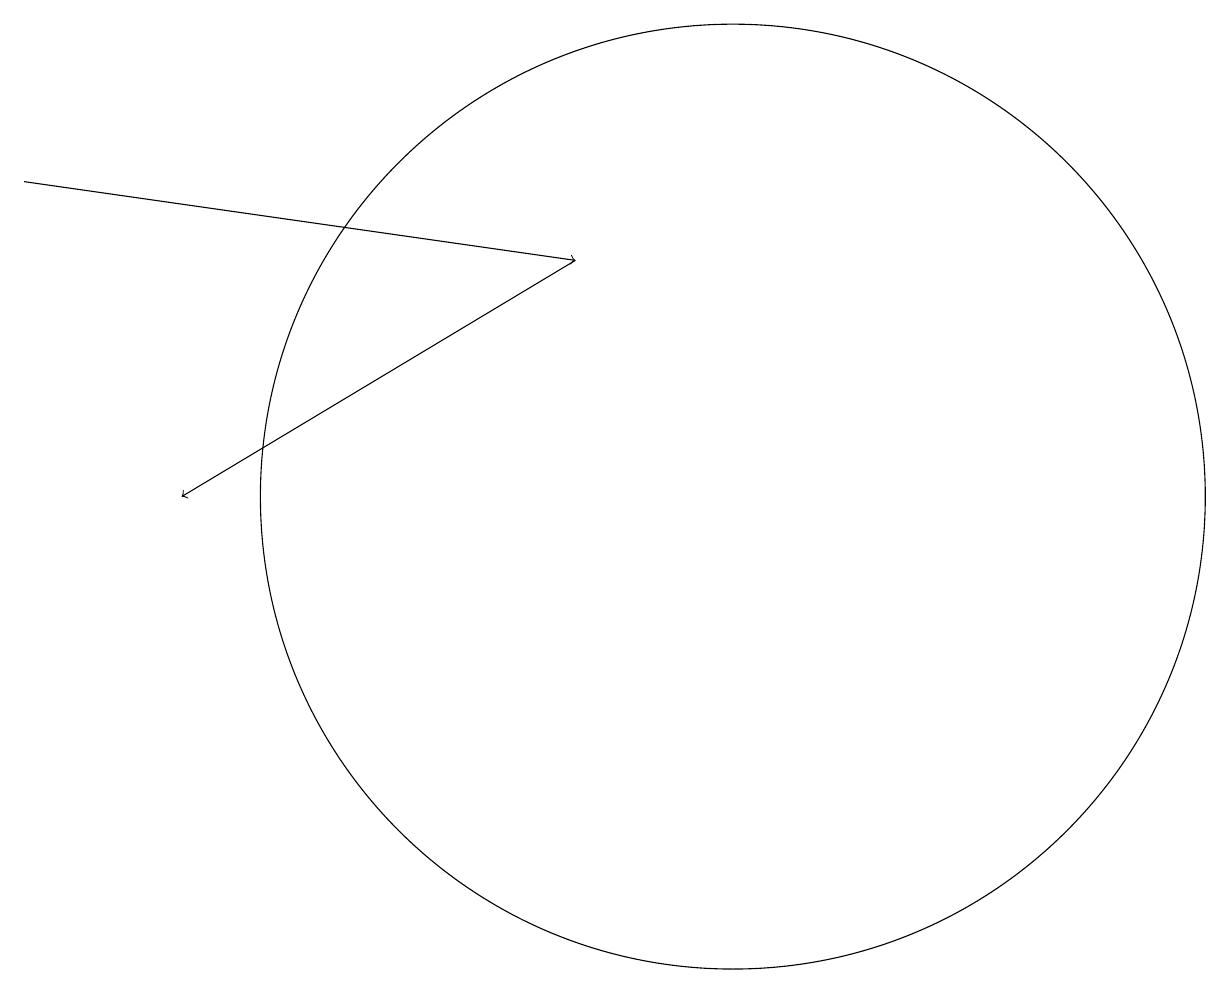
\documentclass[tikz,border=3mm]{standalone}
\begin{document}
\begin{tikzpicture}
\draw[->] (2,14) -- (9,13);
\draw (11,10) circle (6);
\draw[->] (9,13) -- (4,10);
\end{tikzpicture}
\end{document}